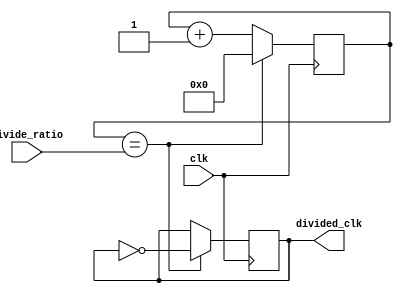
module ClockDivider (
    input clk,
    input [7:0] divide_ratio, 
    output reg divided_clk
);

reg [7:0] count;

always @(posedge clk) begin
    if (count == divide_ratio) begin
        divided_clk <= ~divided_clk;
        count <= 0;
    end else begin
        count <= count + 1;
    end
end

endmodule